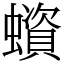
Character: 蠀